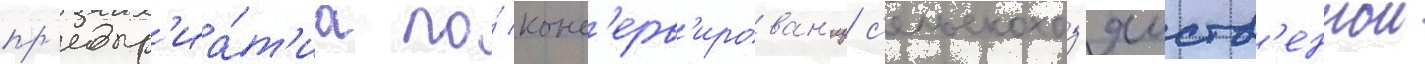
пр'едпр'иа́т'иа по́ конс'ерв'ирован'иу с'ельскохоз'яиств'еннои